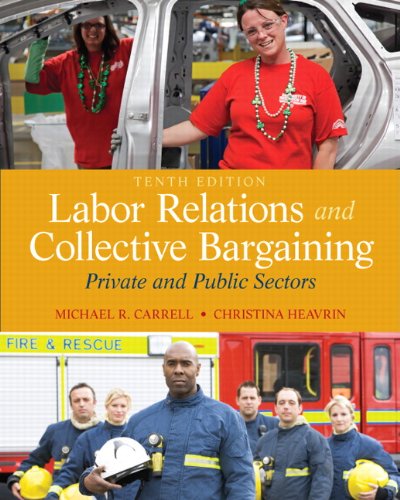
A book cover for Labor Relations and Collective Bargaining: Private and Public Sectors (10th Edition); Michael R. Carrell; Business & Money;